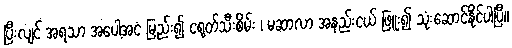
ပြီးလျင် အရသာ အပေါ့အငံ မြည်း၍ ငရုတ်သီးစိမ်း ၊ မဆာလာ အနည်းငယ် ဖြူး၍ သုံးဆောင်နိုင်ပါပြီ။